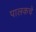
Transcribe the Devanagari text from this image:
पालकचे